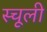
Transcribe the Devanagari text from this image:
स्चूली